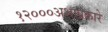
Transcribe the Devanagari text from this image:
१२०००अशाप्रकारे